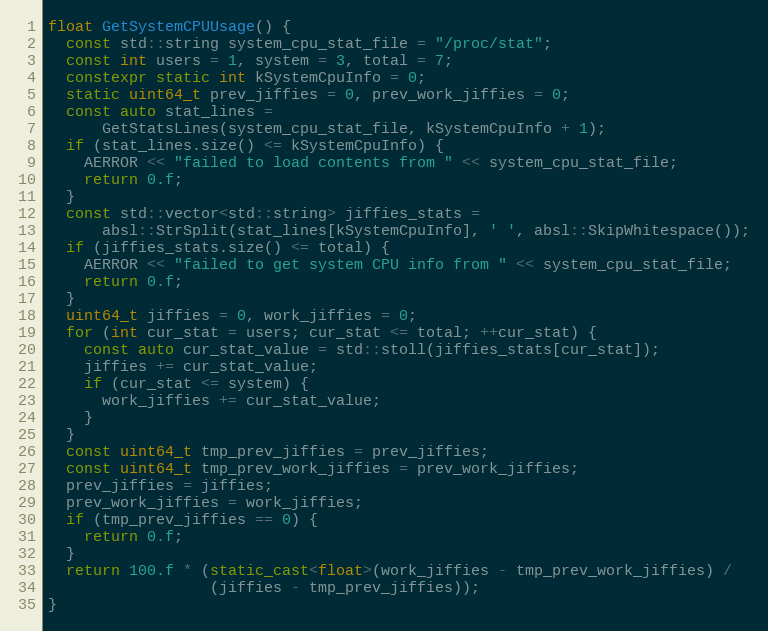
Language: C++
float GetSystemCPUUsage() {
  const std::string system_cpu_stat_file = "/proc/stat";
  const int users = 1, system = 3, total = 7;
  constexpr static int kSystemCpuInfo = 0;
  static uint64_t prev_jiffies = 0, prev_work_jiffies = 0;
  const auto stat_lines =
      GetStatsLines(system_cpu_stat_file, kSystemCpuInfo + 1);
  if (stat_lines.size() <= kSystemCpuInfo) {
    AERROR << "failed to load contents from " << system_cpu_stat_file;
    return 0.f;
  }
  const std::vector<std::string> jiffies_stats =
      absl::StrSplit(stat_lines[kSystemCpuInfo], ' ', absl::SkipWhitespace());
  if (jiffies_stats.size() <= total) {
    AERROR << "failed to get system CPU info from " << system_cpu_stat_file;
    return 0.f;
  }
  uint64_t jiffies = 0, work_jiffies = 0;
  for (int cur_stat = users; cur_stat <= total; ++cur_stat) {
    const auto cur_stat_value = std::stoll(jiffies_stats[cur_stat]);
    jiffies += cur_stat_value;
    if (cur_stat <= system) {
      work_jiffies += cur_stat_value;
    }
  }
  const uint64_t tmp_prev_jiffies = prev_jiffies;
  const uint64_t tmp_prev_work_jiffies = prev_work_jiffies;
  prev_jiffies = jiffies;
  prev_work_jiffies = work_jiffies;
  if (tmp_prev_jiffies == 0) {
    return 0.f;
  }
  return 100.f * (static_cast<float>(work_jiffies - tmp_prev_work_jiffies) /
                  (jiffies - tmp_prev_jiffies));
}